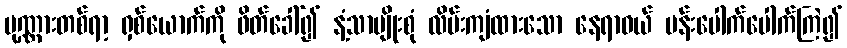
ပုဏ္ဏားတစ်ရာ့ ရှစ်ယောက်ကို ဖိတ်ခေါ်၍ နံ့သာမျိုးစုံ လိမ်းကျံထားသော နေရာဝယ် ပန်းပေါက်ပေါက်ကြဲ၍